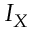
I _ { X }